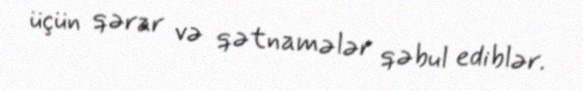
üçün qərar və qətnamələr qəbul ediblər.